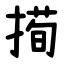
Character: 㨚